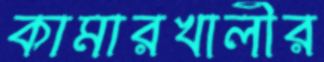
কামারখালীর